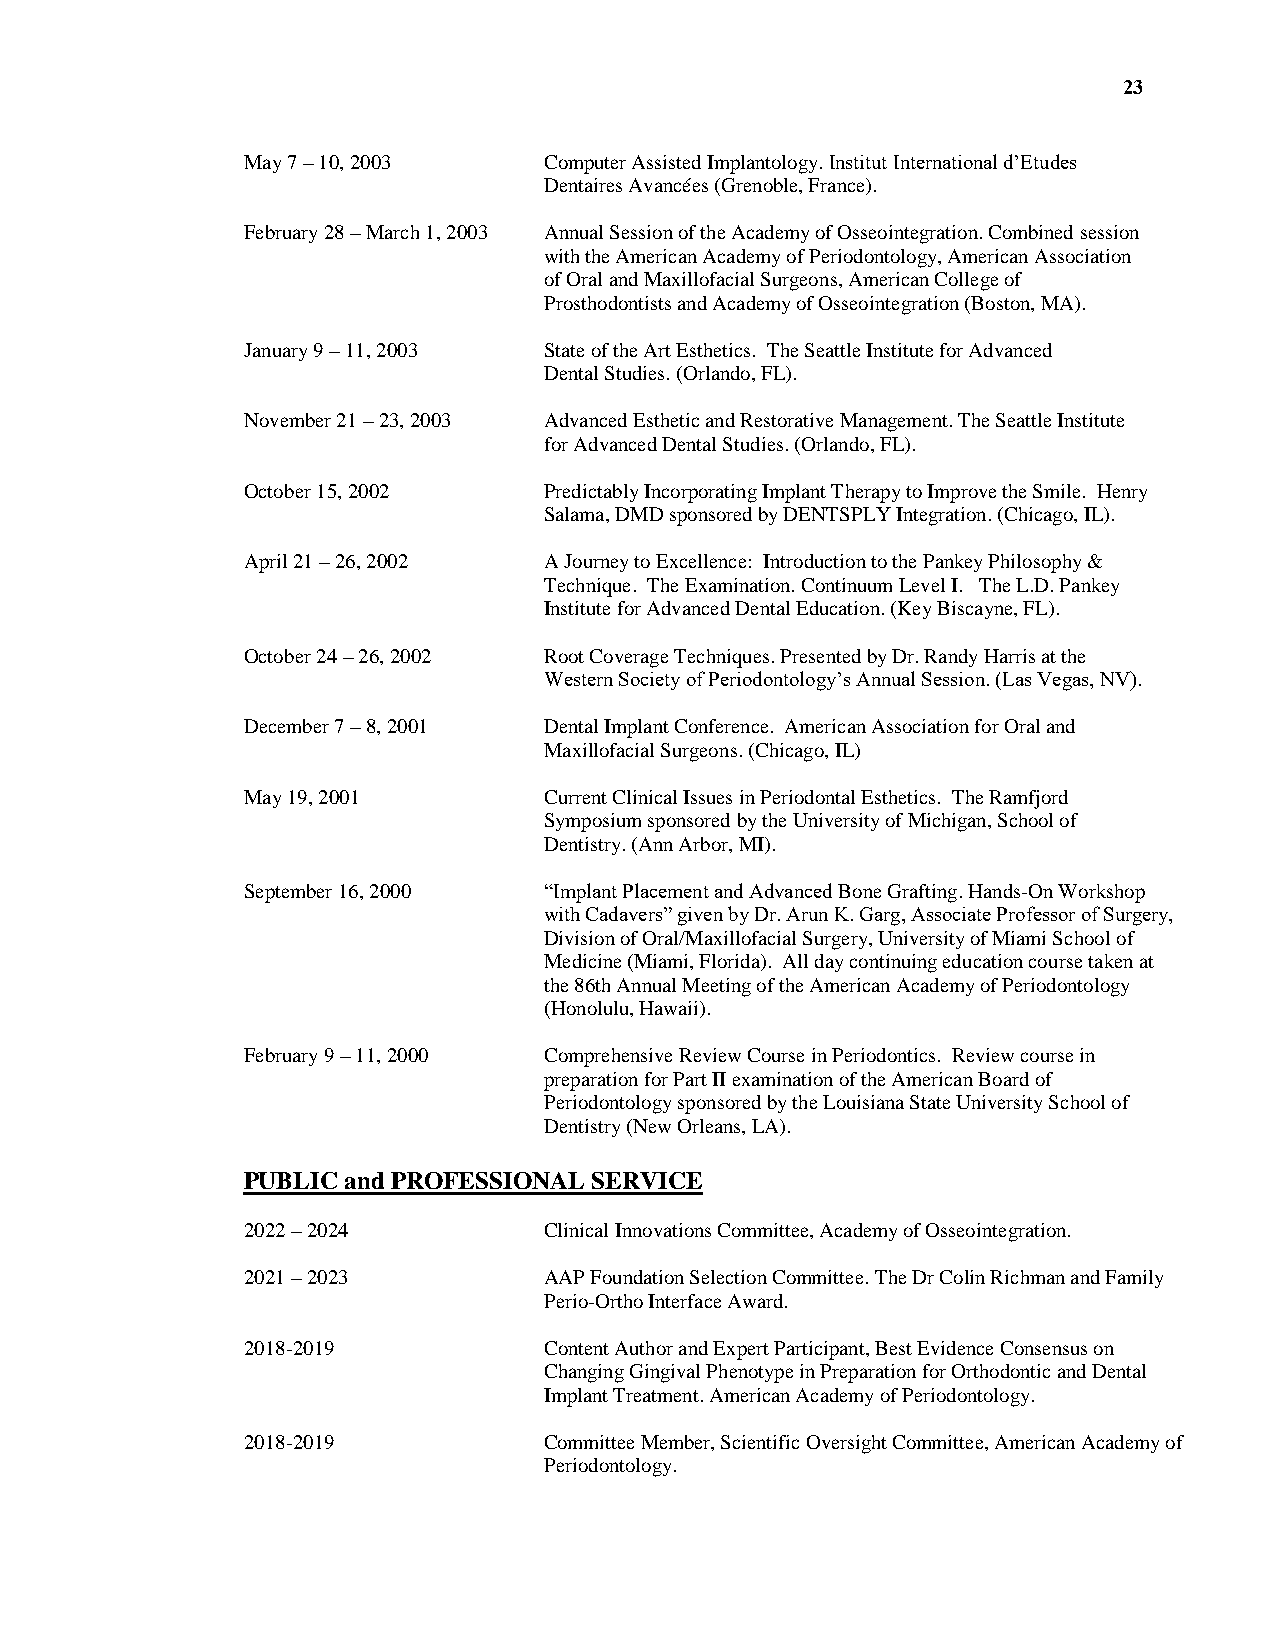
23
 May 7 – 10, 2003    Computer Assisted Implantology. Institut International d’Etudes
 Dentaires Avancées (Grenoble, France).
 February 28 – March 1, 2003 Annual Session of the Academy of Osseointegration. Combined session
 with the American Academy of Periodontology, American Association
 of Oral and Maxillofacial Surgeons, American College of
 Prosthodontists and Academy of Osseointegration (Boston, MA).
 January 9 – 11, 2003 State of the Art Esthetics. The Seattle Institute for Advanced
 Dental Studies. (Orlando, FL).
 November 21 – 23, 2003 Advanced Esthetic and Restorative Management. The Seattle Institute
 for Advanced Dental Studies. (Orlando, FL).
 October 15, 2002    Predictably Incorporating Implant Therapy to Improve the Smile. Henry
 Salama, DMD sponsored by DENTSPLY Integration. (Chicago, IL).
 April 21 – 26, 2002 A Journey to Excellence: Introduction to the Pankey Philosophy &
 Technique. The Examination. Continuum Level I. The L.D. Pankey
 Institute for Advanced Dental Education. (Key Biscayne, FL).
 October 24 – 26, 2002 Root Coverage Techniques. Presented by Dr. Randy Harris at the
 Western Society of Periodontology’s Annual Session. (Las Vegas, NV).
 December 7 – 8, 2001 Dental Implant Conference. American Association for Oral and
 Maxillofacial Surgeons. (Chicago, IL)
 May 19, 2001        Current Clinical Issues in Periodontal Esthetics. The Ramfjord
 Symposium sponsored by the University of Michigan, School of
 Dentistry. (Ann Arbor, MI).
 September 16, 2000  “Implant Placement and Advanced Bone Grafting. Hands-On Workshop
 with Cadavers” given by Dr. Arun K. Garg, Associate Professor of Surgery,
 Division of Oral/Maxillofacial Surgery, University of Miami School of
 Medicine (Miami, Florida). All day continuing education course taken at
 the 86th Annual Meeting of the American Academy of Periodontology
 (Honolulu, Hawaii).
 February 9 – 11, 2000 Comprehensive Review Course in Periodontics. Review course in
 preparation for Part II examination of the American Board of
 Periodontology sponsored by the Louisiana State University School of
 Dentistry (New Orleans, LA).
 PUBLIC and PROFESSIONAL SERVICE
 2022 – 2024         Clinical Innovations Committee, Academy of Osseointegration.
 2021 – 2023         AAP Foundation Selection Committee. The Dr Colin Richman and Family
 Perio-Ortho Interface Award.
 2018-2019           Content Author and Expert Participant, Best Evidence Consensus on
 Changing Gingival Phenotype in Preparation for Orthodontic and Dental
 Implant Treatment. American Academy of Periodontology.
 2018-2019           Committee Member, Scientific Oversight Committee, American Academy of
 Periodontology.